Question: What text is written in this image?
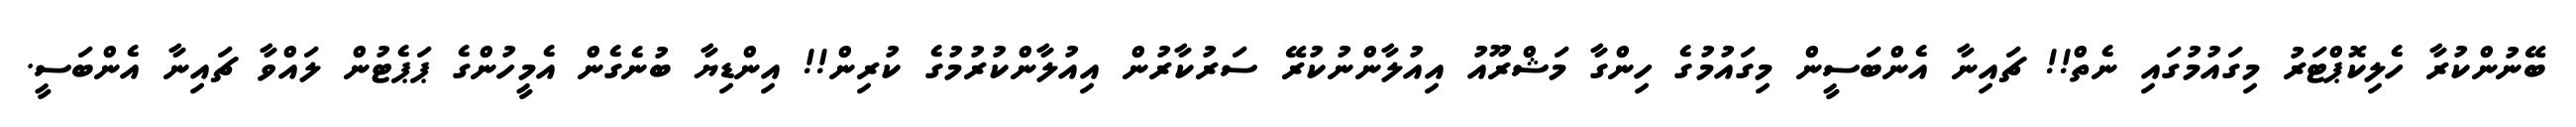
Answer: ބޭނުންކުރާ ހެލިކޮޕްޓަރު މިގައުމުގައި ނެތް!! ޗައިނާ އެންބަސީން މިގައުމުގެ ހިންގާ މަޝްރޫއު އިއުލާންނުކުރޭ ސަރުކާރުން އިއުލާންކުރުމުގެ ކުރިން!! އިންޑިޔާ ބުނެގެން އެމީހުންގެ ޕަޕެޓުން ލައްވާ ޗައިނާ އެންބަސީ.